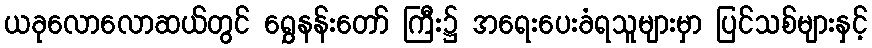
ယခုလောလောဆယ်တွင် ရွှေနန်းတော် ကြီး၌ အရေးပေးခံရသူများမှာ ပြင်သစ်များနှင့်